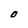
Character: O